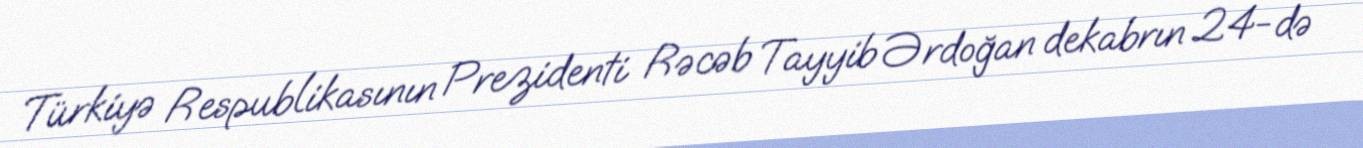
Türkiyə Respublikasının Prezidenti Rəcəb Tayyib Ərdoğan dekabrın 24-də